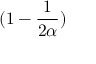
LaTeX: ( 1 - { \frac { 1 } { 2 \alpha } } )